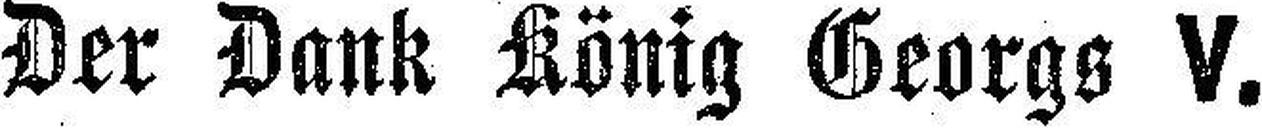
Der Dank König Georgs V.